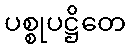
ပစ္စုပဋ္ဌိတေ